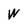
Character: W